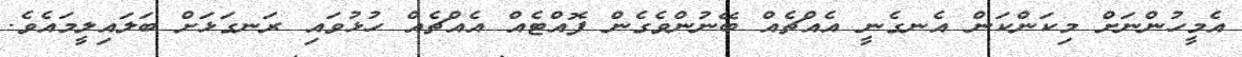
އެމީހުންނަށް މިކަންކަން އެނގެނީ އެއްޗެއް ބޭނުންވެގެން ފޮއްޓެއް އެއްޗެއް ހުޅުވައި ރަނގަޅަށް ބަލައިލީމައެވެ.